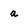
Character: a